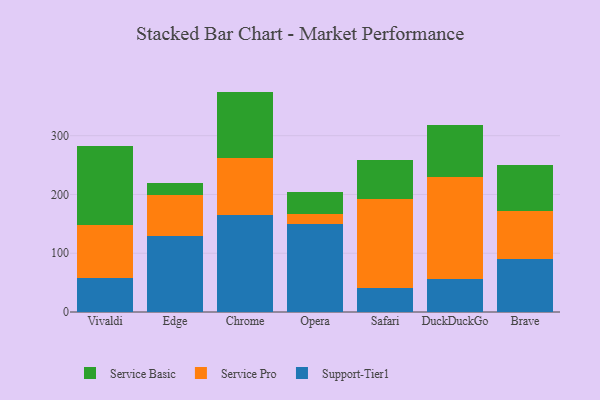
{"axis": {"x": "Browser", "y": "Active Users"}, "legend": ["Service Basic", "Service Pro", "Support-Tier1"], "data": [{"x": "Vivaldi", "y": 58.5, "type": "Support-Tier1"}, {"x": "Vivaldi", "y": 90.1, "type": "Service Pro"}, {"x": "Vivaldi", "y": 133.3, "type": "Service Basic"}, {"x": "Edge", "y": 130.0, "type": "Support-Tier1"}, {"x": "Edge", "y": 69.4, "type": "Service Pro"}, {"x": "Edge", "y": 20.9, "type": "Service Basic"}, {"x": "Chrome", "y": 164.3, "type": "Support-Tier1"}, {"x": "Chrome", "y": 98.3, "type": "Service Pro"}, {"x": "Chrome", "y": 112.4, "type": "Service Basic"}, {"x": "Opera", "y": 149.6, "type": "Support-Tier1"}, {"x": "Opera", "y": 18.0, "type": "Service Pro"}, {"x": "Opera", "y": 36.8, "type": "Service Basic"}, {"x": "Safari", "y": 40.7, "type": "Support-Tier1"}, {"x": "Safari", "y": 151.7, "type": "Service Pro"}, {"x": "Safari", "y": 66.1, "type": "Service Basic"}, {"x": "DuckDuckGo", "y": 56.0, "type": "Support-Tier1"}, {"x": "DuckDuckGo", "y": 174.2, "type": "Service Pro"}, {"x": "DuckDuckGo", "y": 87.8, "type": "Service Basic"}, {"x": "Brave", "y": 90.7, "type": "Support-Tier1"}, {"x": "Brave", "y": 81.9, "type": "Service Pro"}, {"x": "Brave", "y": 77.5, "type": "Service Basic"}]}